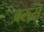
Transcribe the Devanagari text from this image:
बरुस